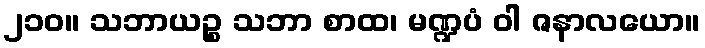
၂၁၀။ သဘာယဉ္စ သဘာ စာထ၊ မဏ္ဍပံ ဝါ ဇနာလယော။